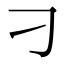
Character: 刁